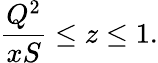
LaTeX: \frac{Q^{2}}{xS}\leq z\leq 1.